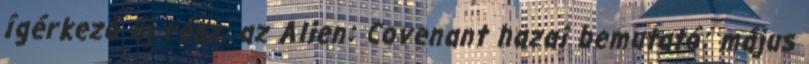
ígérkező új rész, az Alien: Covenant hazai bemutató: május